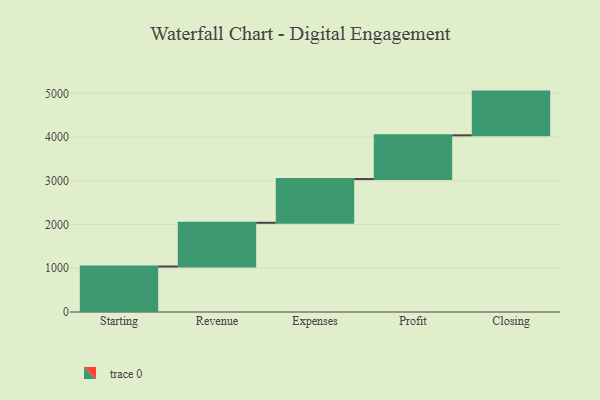
{"axis": {"x": "Step", "y": "Value"}, "legend": [""], "data": [{"x": "Starting", "y": 1040.0, "type": ""}, {"x": "Revenue", "y": 1000, "type": ""}, {"x": "Expenses", "y": 1000, "type": ""}, {"x": "Profit", "y": 1000, "type": ""}, {"x": "Closing", "y": 1000, "type": ""}]}